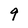
Character: 9